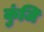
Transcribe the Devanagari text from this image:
कुंजि